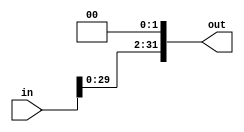
module shiftleft2(in, out);
	input [31:0] in;
	output [31:0] out;
	assign out = in << 2;
endmodule